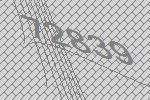
72839